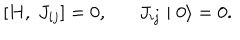
[ H , \; J _ { i j } ] = 0 , J _ { i j } \mid 0 \rangle = 0 .